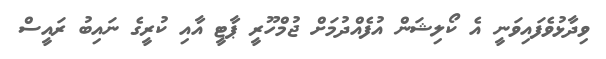
ވިދާޅުވެފައިވަނީ އެ ކޯލިޝަން އުފެއްދުމަށް ޖުމްހޫރީ ޕާޓީ އާއި ކުރީގެ ނައިބު ރައީސް